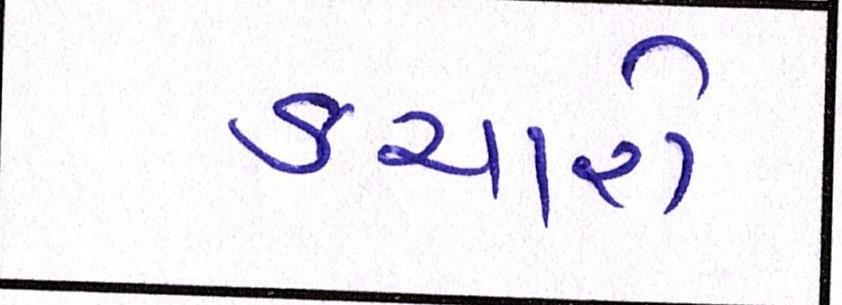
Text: કચારો